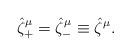
LaTeX: \begin{align*}\hat\zeta^\mu_+=\hat\zeta^\mu_-\equiv\hat\zeta^\mu .\end{align*}